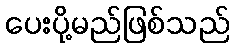
ပေးပို့မည်ဖြစ်သည်